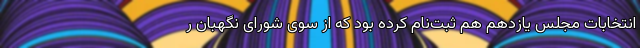
انتخابات مجلس یازدهم هم ثبت‌نام کرده بود که از سوی شورای نگهبان ر